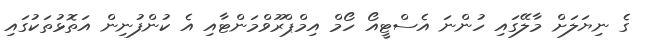
ގެ ނިޔަލަށް މާލޭގައި ހުންނަ އެސްޓީއޯ ހޯމް އިމްޕްރޫވްމަންޓާއި އެ ކުންފުނިން އަތޮޅުތަކުގައި